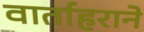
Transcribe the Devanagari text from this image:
वार्ताहराने